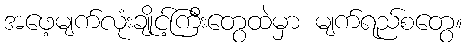
အဖေ့မျက်လုံးချိုင့်ကြီးတွေထဲမှာ မျက်ရည်စတွေ။